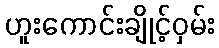
ဟူးကောင်းချိုင့်ဝှမ်း